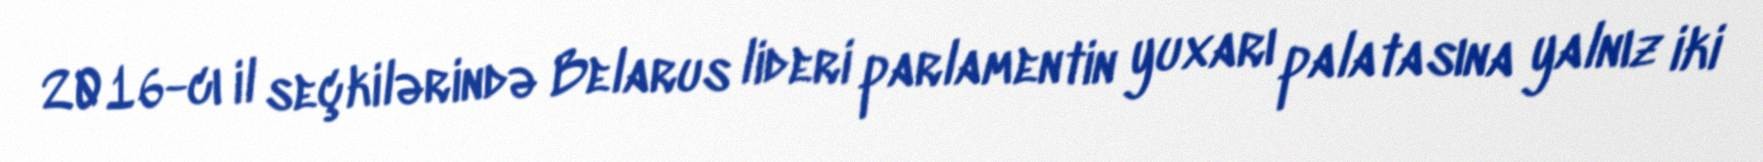
2016-cı il seçkilərində Belarus lideri parlamentin yuxarı palatasına yalnız iki